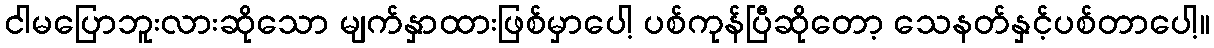
ငါမပြောဘူးလားဆိုသော မျက်နှာထားဖြစ်မှာပေါ့ ပစ်ကုန်ပြီဆိုတော့ သေနတ်နှင့်ပစ်တာပေါ့။